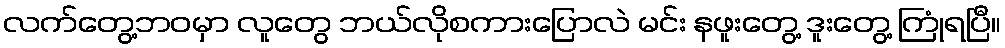
လက်တွေ့ဘဝမှာ လူတွေ ဘယ်လိုစကားပြောလဲ မင်း နဖူးတွေ့ ဒူးတွေ့ ကြုံရပြီ။